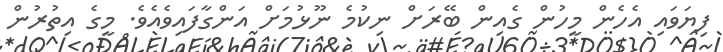
ފިޔަވައި އެހެން މީހުން ގެއިން ބޭރަށް ނިކުމެ ނޫޅުމަށް އަންގާފައިވެއެވެ. މީގެ އިތުރުން